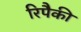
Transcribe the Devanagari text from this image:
रिपैकी